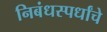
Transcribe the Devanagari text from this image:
निबंधस्पर्धांचे